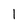
Character: 1